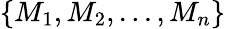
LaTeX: \{ M_{1},M_{2},...,M_{n}\}